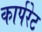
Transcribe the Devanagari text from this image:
कार्परेट